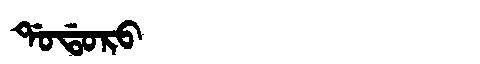
Manchu: ᡩᠣᡩᠣᡵᠣ
Romanization: DODORO